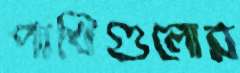
পাখিগুলোর